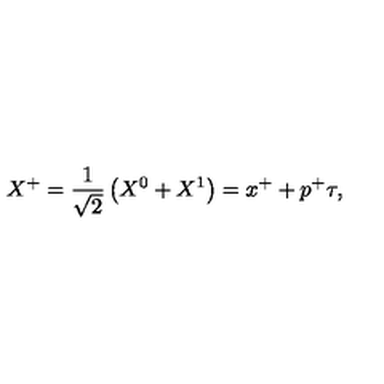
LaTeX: X ^ { + } = \frac { 1 } { \sqrt { 2 } } \left( X ^ { 0 } + X ^ { 1 } \right) = x ^ { + } + p ^ { + } \tau ,